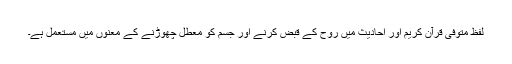
لفظ متوفّی قرآنِ کریم اور احادیث میں روح کے قبض کرنے اور جسم کو معطل چھوڑنے کے معنوں میں مستعمل ہے۔